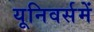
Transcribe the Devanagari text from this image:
यूनिवर्समें